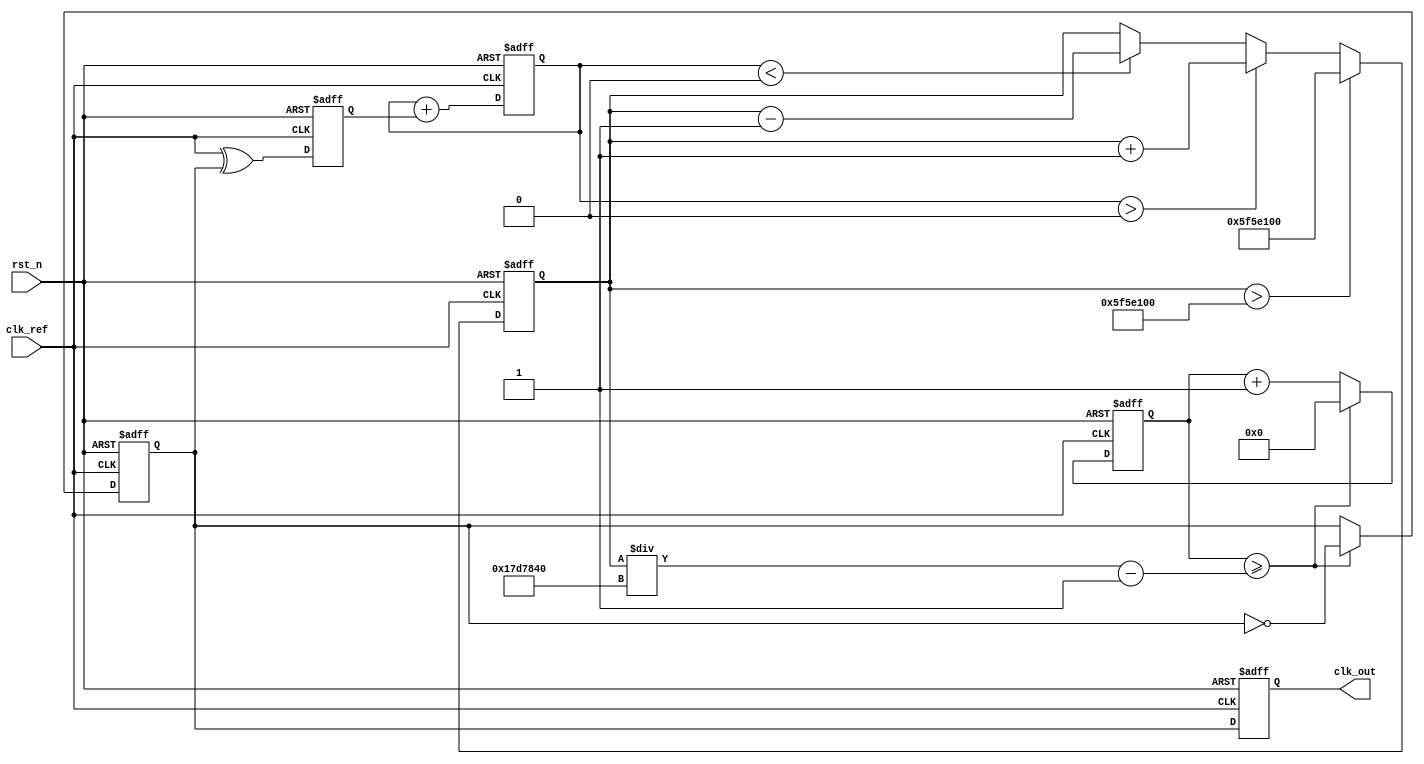
module parameterized_PLL #(
    parameter REF_FREQ = 50_000_000,  // Reference frequency in Hz
    parameter MULT_FACTOR = 4,         // Multiplication factor
    parameter DIV_FACTOR = 2,          // Division factor
    parameter FILTER_TYPE = 1,         // 1 for first-order, 2 for second-order
    parameter VCO_RANGE = 100_000_000  // VCO frequency range in Hz
)(
    input wire clk_ref,                // Reference clock input
    input wire rst_n,                  // Active-low reset
    output reg clk_out                 // Output clock
);

    // Internal signals
    reg [31:0] vco_freq;               // VCO frequency
    reg [31:0] control_voltage;        // Control voltage for VCO
    reg phase_error;                   // Phase error signal
    reg clk_div;                       // Divided clock signal
    reg [31:0] counter;                // Counter for clock division

    // Phase Detector (PD)
    always @(posedge clk_ref or negedge rst_n) begin
        if (!rst_n) begin
            phase_error <= 0;
        end else begin
            // Simple phase detector: compare edges of clk_ref and clk_div
            phase_error <= (clk_ref ^ clk_div);
        end
    end

    // Loop Filter (simple first-order)
    always @(posedge clk_ref or negedge rst_n) begin
        if (!rst_n) begin
            control_voltage <= 0;
        end else if (FILTER_TYPE == 1) begin
            // First-order filter
            control_voltage <= control_voltage + phase_error;
        end else if (FILTER_TYPE == 2) begin
            // Second-order filter (simple implementation)
            control_voltage <= control_voltage + phase_error - (control_voltage >> 1);
        end
    end

    // Voltage-Controlled Oscillator (VCO)
    always @(posedge clk_ref or negedge rst_n) begin
        if (!rst_n) begin
            vco_freq <= REF_FREQ * MULT_FACTOR; // Initialize VCO frequency
        end else begin
            // Adjust VCO frequency based on control voltage
            if (control_voltage > 0) begin
                vco_freq <= vco_freq + 1; // Increase frequency
            end else if (control_voltage < 0) begin
                vco_freq <= vco_freq - 1; // Decrease frequency
            end
            // Ensure VCO frequency stays within range
            if (vco_freq > VCO_RANGE) begin
                vco_freq <= VCO_RANGE;
            end
        end
    end

    // Clock Divider
    always @(posedge clk_ref or negedge rst_n) begin
        if (!rst_n) begin
            counter <= 0;
            clk_div <= 0;
        end else begin
            // Simple clock divider
            if (counter >= (vco_freq / (REF_FREQ / DIV_FACTOR)) - 1) begin
                clk_div <= ~clk_div; // Toggle divided clock
                counter <= 0;        // Reset counter
            end else begin
                counter <= counter + 1; // Increment counter
            end
        end
    end

    // Output clock assignment
    always @(posedge clk_ref or negedge rst_n) begin
        if (!rst_n) begin
            clk_out <= 0;
        end else begin
            clk_out <= clk_div; // Output the divided clock
        end
    end

endmodule